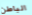
الباطن